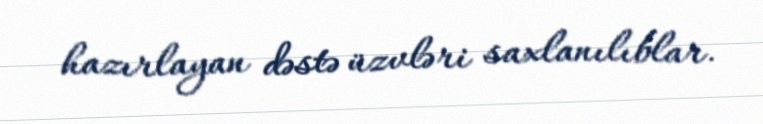
hazırlayan dəstə üzvləri saxlanılıblar.